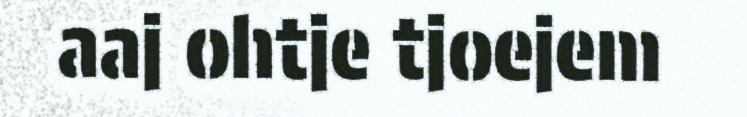
aaj ohtje tjoejem